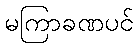
မကြာခဏပင်